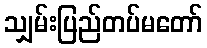
သျှမ်းပြည်တပ်မတော်